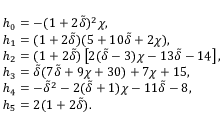
\begin{array} { r l } & { h _ { 0 } = - ( 1 + 2 \tilde { \delta } ) ^ { 2 } \chi , } \\ & { h _ { 1 } = ( 1 + 2 \tilde { \delta } ) ( 5 + 1 0 \tilde { \delta } + 2 \chi ) , } \\ & { h _ { 2 } = ( 1 + 2 \tilde { \delta } ) \left[ 2 ( \tilde { \delta } - 3 ) \chi - 1 3 \tilde { \delta } - 1 4 \right] , } \\ & { h _ { 3 } = \tilde { \delta } ( 7 \tilde { \delta } + 9 \chi + 3 0 ) + 7 \chi + 1 5 , } \\ & { h _ { 4 } = - \tilde { \delta } ^ { 2 } - 2 ( \tilde { \delta } + 1 ) \chi - 1 1 \tilde { \delta } - 8 , } \\ & { h _ { 5 } = 2 ( 1 + 2 \tilde { \delta } ) . } \end{array}